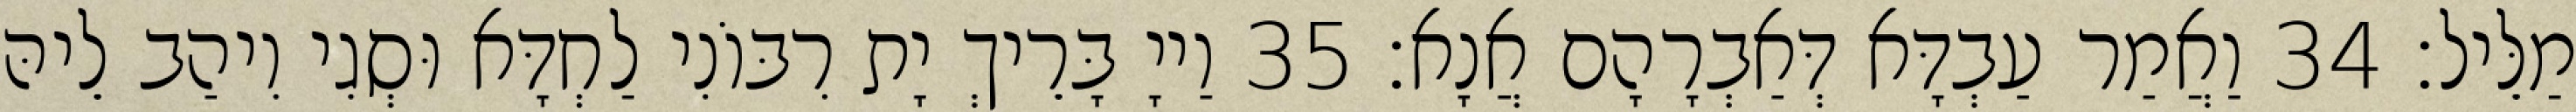
מַלֵּיל׃ 34 וַאֲמַר עַבְדָּא דְּאַבְרָהָם אֲנָא׃ 35 וַייָ בָּרֵיךְ יָת רִבּוֹנִי לַחְדָּא וּסְגִי וִיהַב לֵיהּ